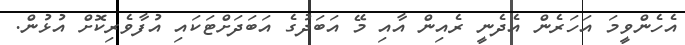
އެހެންވީމަ އަހަރެން އެދެނީ ރެއިން އާއި މޭ އަބަދުގެ އަބަދަށްޓަކައި އުފާވެރިކޮށް އުޅުން.